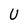
Character: U